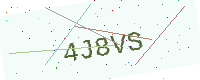
Text: 4J8VS